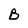
Character: B